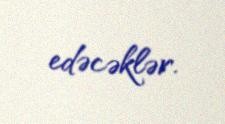
edəcəklər.